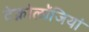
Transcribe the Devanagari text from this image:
टेक्नोलॉजियां